Lunatic asylums Punjab 1911-1921 - 1911-1921
Year: 1911
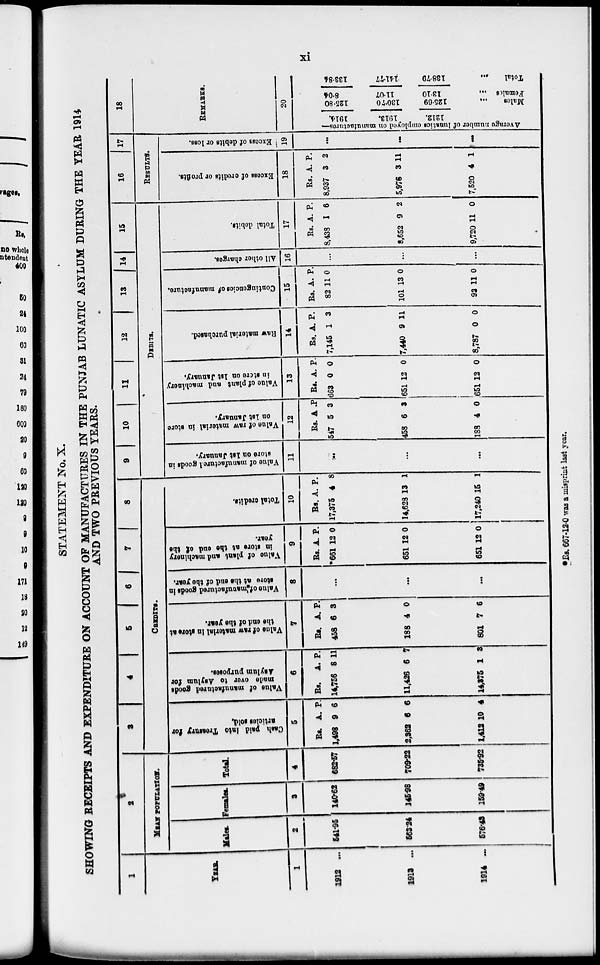
xi
STATEMENT No. X.
SHOWING RECEIPTS AND EXPENDITURE ON ACCOUNT OF MANUFACTURES IN THE PUNJAB LUNATIC ASYLUM DURING THE YEAR 1914
AND TWO PREVIOUS YEARS.
1
YEAR.
1
1912 ...
1913 ...
1914 ...
2
MEAN POPULATION.
Males.
2
541.95
563.24
576.43
Females.
3
140.62
145.98
159.49
Total.
4
682.57
709.22
735.92
3
4
5
6 7 8
CREDITS.
Cash paid into Treasury for
articles sold.
5
Rs.
1,498
2,362
1,412
A.
9
6
10
P.
6
6
4
Value of manufactured goods
made over
to Asylum for
Asylum purposes.
6
Rs.
14,756
11,426
14,375
A.
8
6
1
P.
11
7
3
Value of raw material in store at
the end of the year.
7
Rs.
458
188
801
A.
6
4
7
P.
3
0
6
Value of manufactured
goods in
store
at the end of the year.
8
...
...
...
Value of plant and machinery
in store at the end of the
year.
9
Rs.
*661
651
651
A.
12
12
12
P.
0
0
0
Total credits.
10
Rs.
17,375
14,623
17,240
A.
4
13
15
P.
8
1
1
9
10
11
12
13 14 15
DEBITS.
Value of manufactured goods in
store on 1st January.
11
...
...
...
Value of raw material in store
on 1st January.
12
Rs.
547
458
183
A
5
6
4
P.
3
3
0
Value of plant and machinery
in store on 1st January.
13
Rs.
663
651
651
. A.
0
12
12
P.
0
0
0
Raw material purchased.
14
Rs.
7,145
7,440
8,787
A.
1
9
0
P.
3
11
0
Contingencies of manufacture.
15
Rs.
82
101
93
A.
11
13
11
P.
0
0
0
All other charges.
16
...
...
...
Total debits.
17
Rs.
8,433
8,652
9,720
A.
1
9
11
P.
6
2
0
16
17
RESULTS.
Excess of credits or profits.
18
Rs.
8,937
5,976
7,520
A.
3
3
4
P.
2
11
1
Excess of debits or loss.
19
...
...
...
18
REMARKS.
20
Average number of lunatics employed on manufactures—
1914.
1913.
1212.
125.80
130.70
125.69
Males
...
8.04
11.07
13.10
Females ...
133.84
141.77
138.79
Total ...
*Rs. 667-12-0 was a misprint last year.